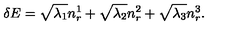
\delta E = \sqrt { \lambda _ { 1 } } n _ { r } ^ { 1 } + \sqrt { \lambda _ { 2 } } n _ { r } ^ { 2 } + \sqrt { \lambda _ { 3 } } n _ { r } ^ { 3 } .